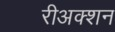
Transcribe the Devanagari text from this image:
रीअक्शन